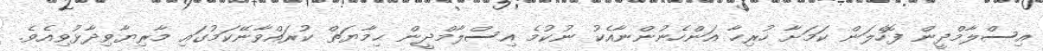
އިސްލާމްދީން ފޮހެލަން ކަމަށާ ހުރިހާ އަންހެނުންނާއެކު ނުކުމެ އިސްލާމްދީން ޙިމާޔަތް ކުރައްވާނޭކަމުގައި މާރިޔާވިދާޅުވިއެވެ.